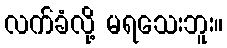
လက်ခံလို့ မရသေးဘူး။